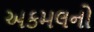
અકમલનો